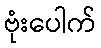
ဗုံးပေါက်